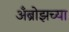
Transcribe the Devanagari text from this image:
अँब्रोझच्या